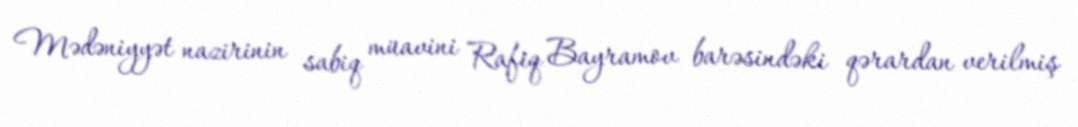
Mədəniyyət nazirinin sabiq müavini Rafiq Bayramov barəsindəki qərardan verilmiş